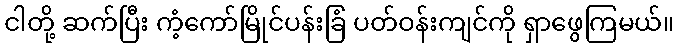
ငါတို့ ဆက်ပြီး ကံ့ကော်မြိုင်ပန်းခြံ ပတ်ဝန်းကျင်ကို ရှာဖွေကြမယ်။